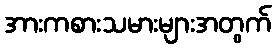
အားကစားသမားများအတွက်